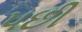
૫છી